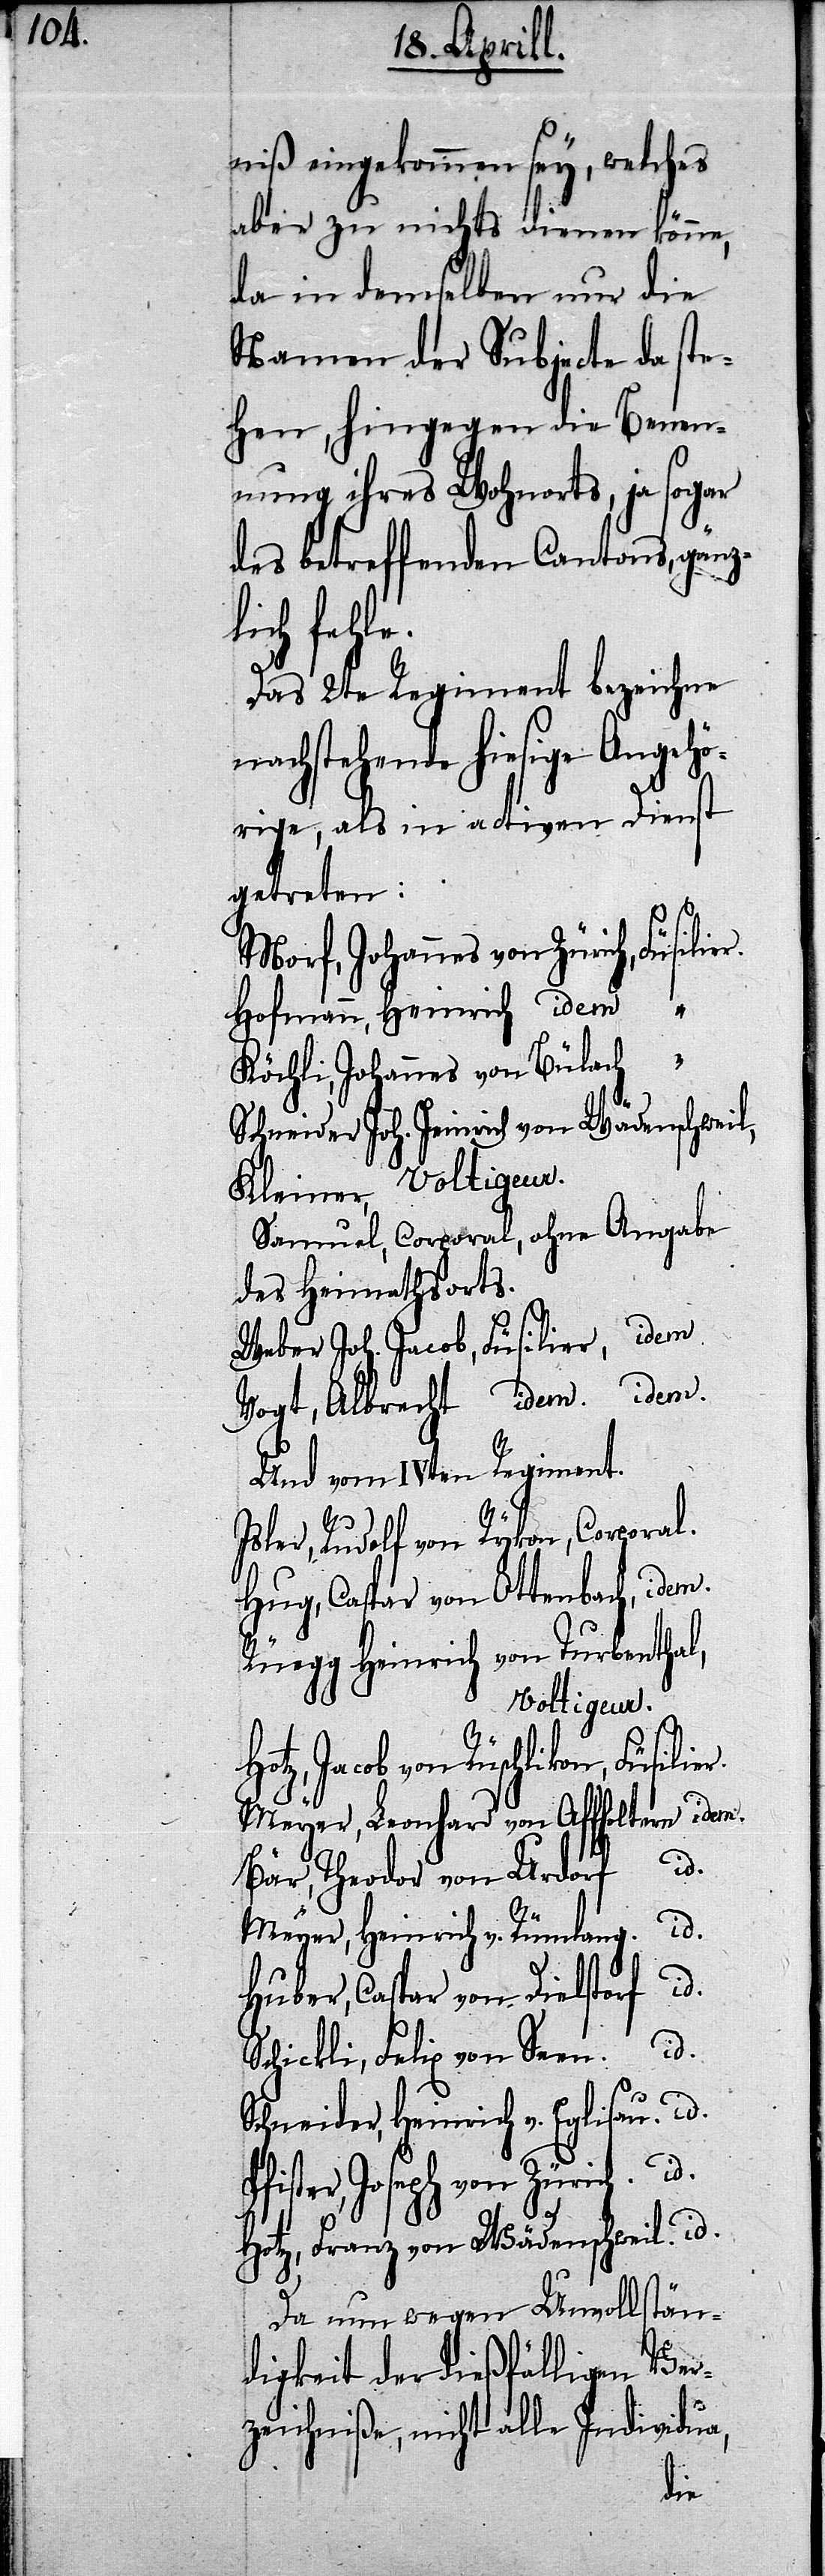
niß eingekommen sey, welches
aber zu nichts dienen könne,
da in demselben nur die
Namen der Subjecte da ste¬
hen, hingegen die Benen¬
nung ihres Wohnorts, ja sogar
des betreffenden Cantons, gänz¬
lich fehlen.
Das 2te Regiment bezeichne
nachstehende hiesige Angehö¬
rige, als in activen Dienst
getreten:
Morf, Johannes von Zürich, Füsili¬
Hofmann, Heinrich idem
Köchli, Johannes von Bülach “
Schneider Joh. Heinrich von Wädenschweil,
Kleiner, Voltigeur.
Samuel, Corporal, ohne Angabe
des Heimathsorts.
Weber Joh. Jacob, Füsilier, idem.
Vogt, Albrecht idem. idem.
Und vom IVten Regiment.
P¬
Isler, Rudolf von Rykon, Corporal.
Hug, Caspar von Ottenbach, idem.
Rüegg Heinrich von Turbenthal,
Voltigeur.
Jacob von Rüschlikon, Füsili¬
Meyer, Leonhard von Affoltern, idem.
Bär, Theodor von Urdorf
id.
Meyer, Heinrich v. Rümlang
id.
Huber, Caspar von Dielstorf
id.
Schickli, Felix von Seen.
Schneider, Heinrich v. Eglisau id.
fister, Joseph von Zürich. id.
Hotz, Franz von Wädenschweil. id.
Da nun wegen Unvollstän¬
digkeit der dießfälligen Ver¬
er.
zeichniße, nicht alle Individua,